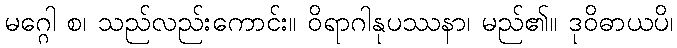
မဂ္ဂေါ စ၊ သည်လည်းကောင်း။ ဝိရာဂါနုပဿနာ၊ မည်၏။ ဒုဝိဓာယပိ၊